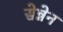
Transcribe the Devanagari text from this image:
सेन्नेन